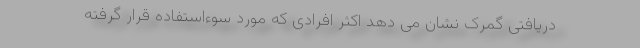
دریافتی گمرک نشان می دهد اکثر افرادی که مورد سوءاستفاده قرار گرفته